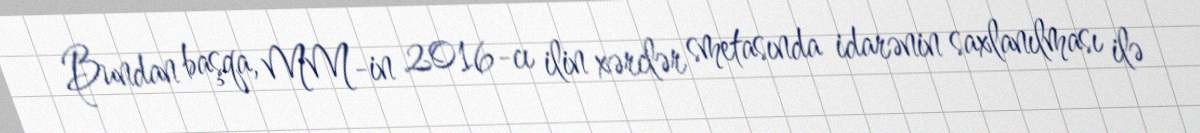
Bundan başqa, MM-in 2016-cı ilin xərclər smetasında idarənin saxlanılması ilə